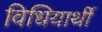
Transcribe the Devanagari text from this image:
विधियार्थी